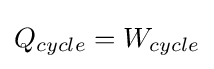
Q_{cycle}=W_{cycle}